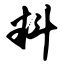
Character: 料